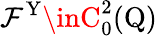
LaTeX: \mathcal{F}^{\mathrm{{Y}}}\inC_{0}^{2}(\mathrm{{Q}})